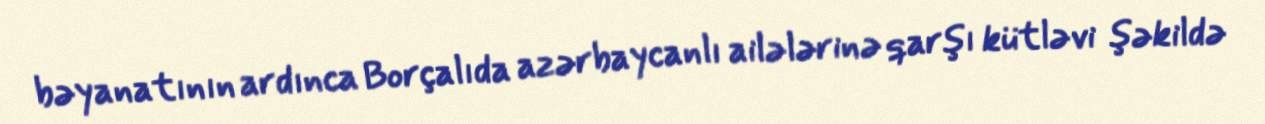
bəyanatının ardınca Borçalıda azərbaycanlı ailələrinə qarşı kütləvi şəkildə